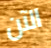
الآن